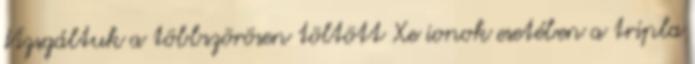
Vizsgáltuk a többszörösen töltött Xe ionok esetében a tripla